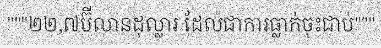
"""២២,៧ប៊ីលានដុល្លារ ដែលជាការធ្លាក់ចុះជាប់"""